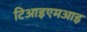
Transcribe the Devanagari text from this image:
टिआइएमआइ